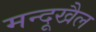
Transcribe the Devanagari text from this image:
मन्दूखैल